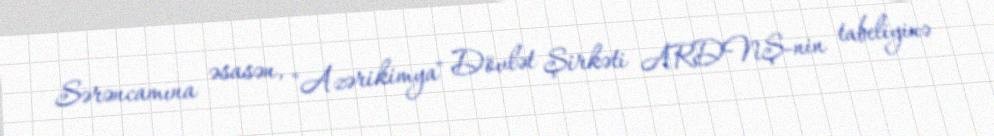
Sərəncamına əsasən, "Azərikimya" Dövlət Şirkəti ARDNŞ-nin tabeliyinə